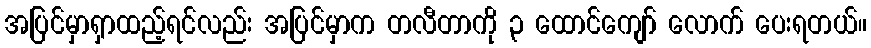
အပြင်မှာရှာထည့်ရင်လည်း အပြင်မှာက တလီတာကို ၃ ထောင်ကျော် လောက် ပေးရတယ်။